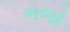
ભજો